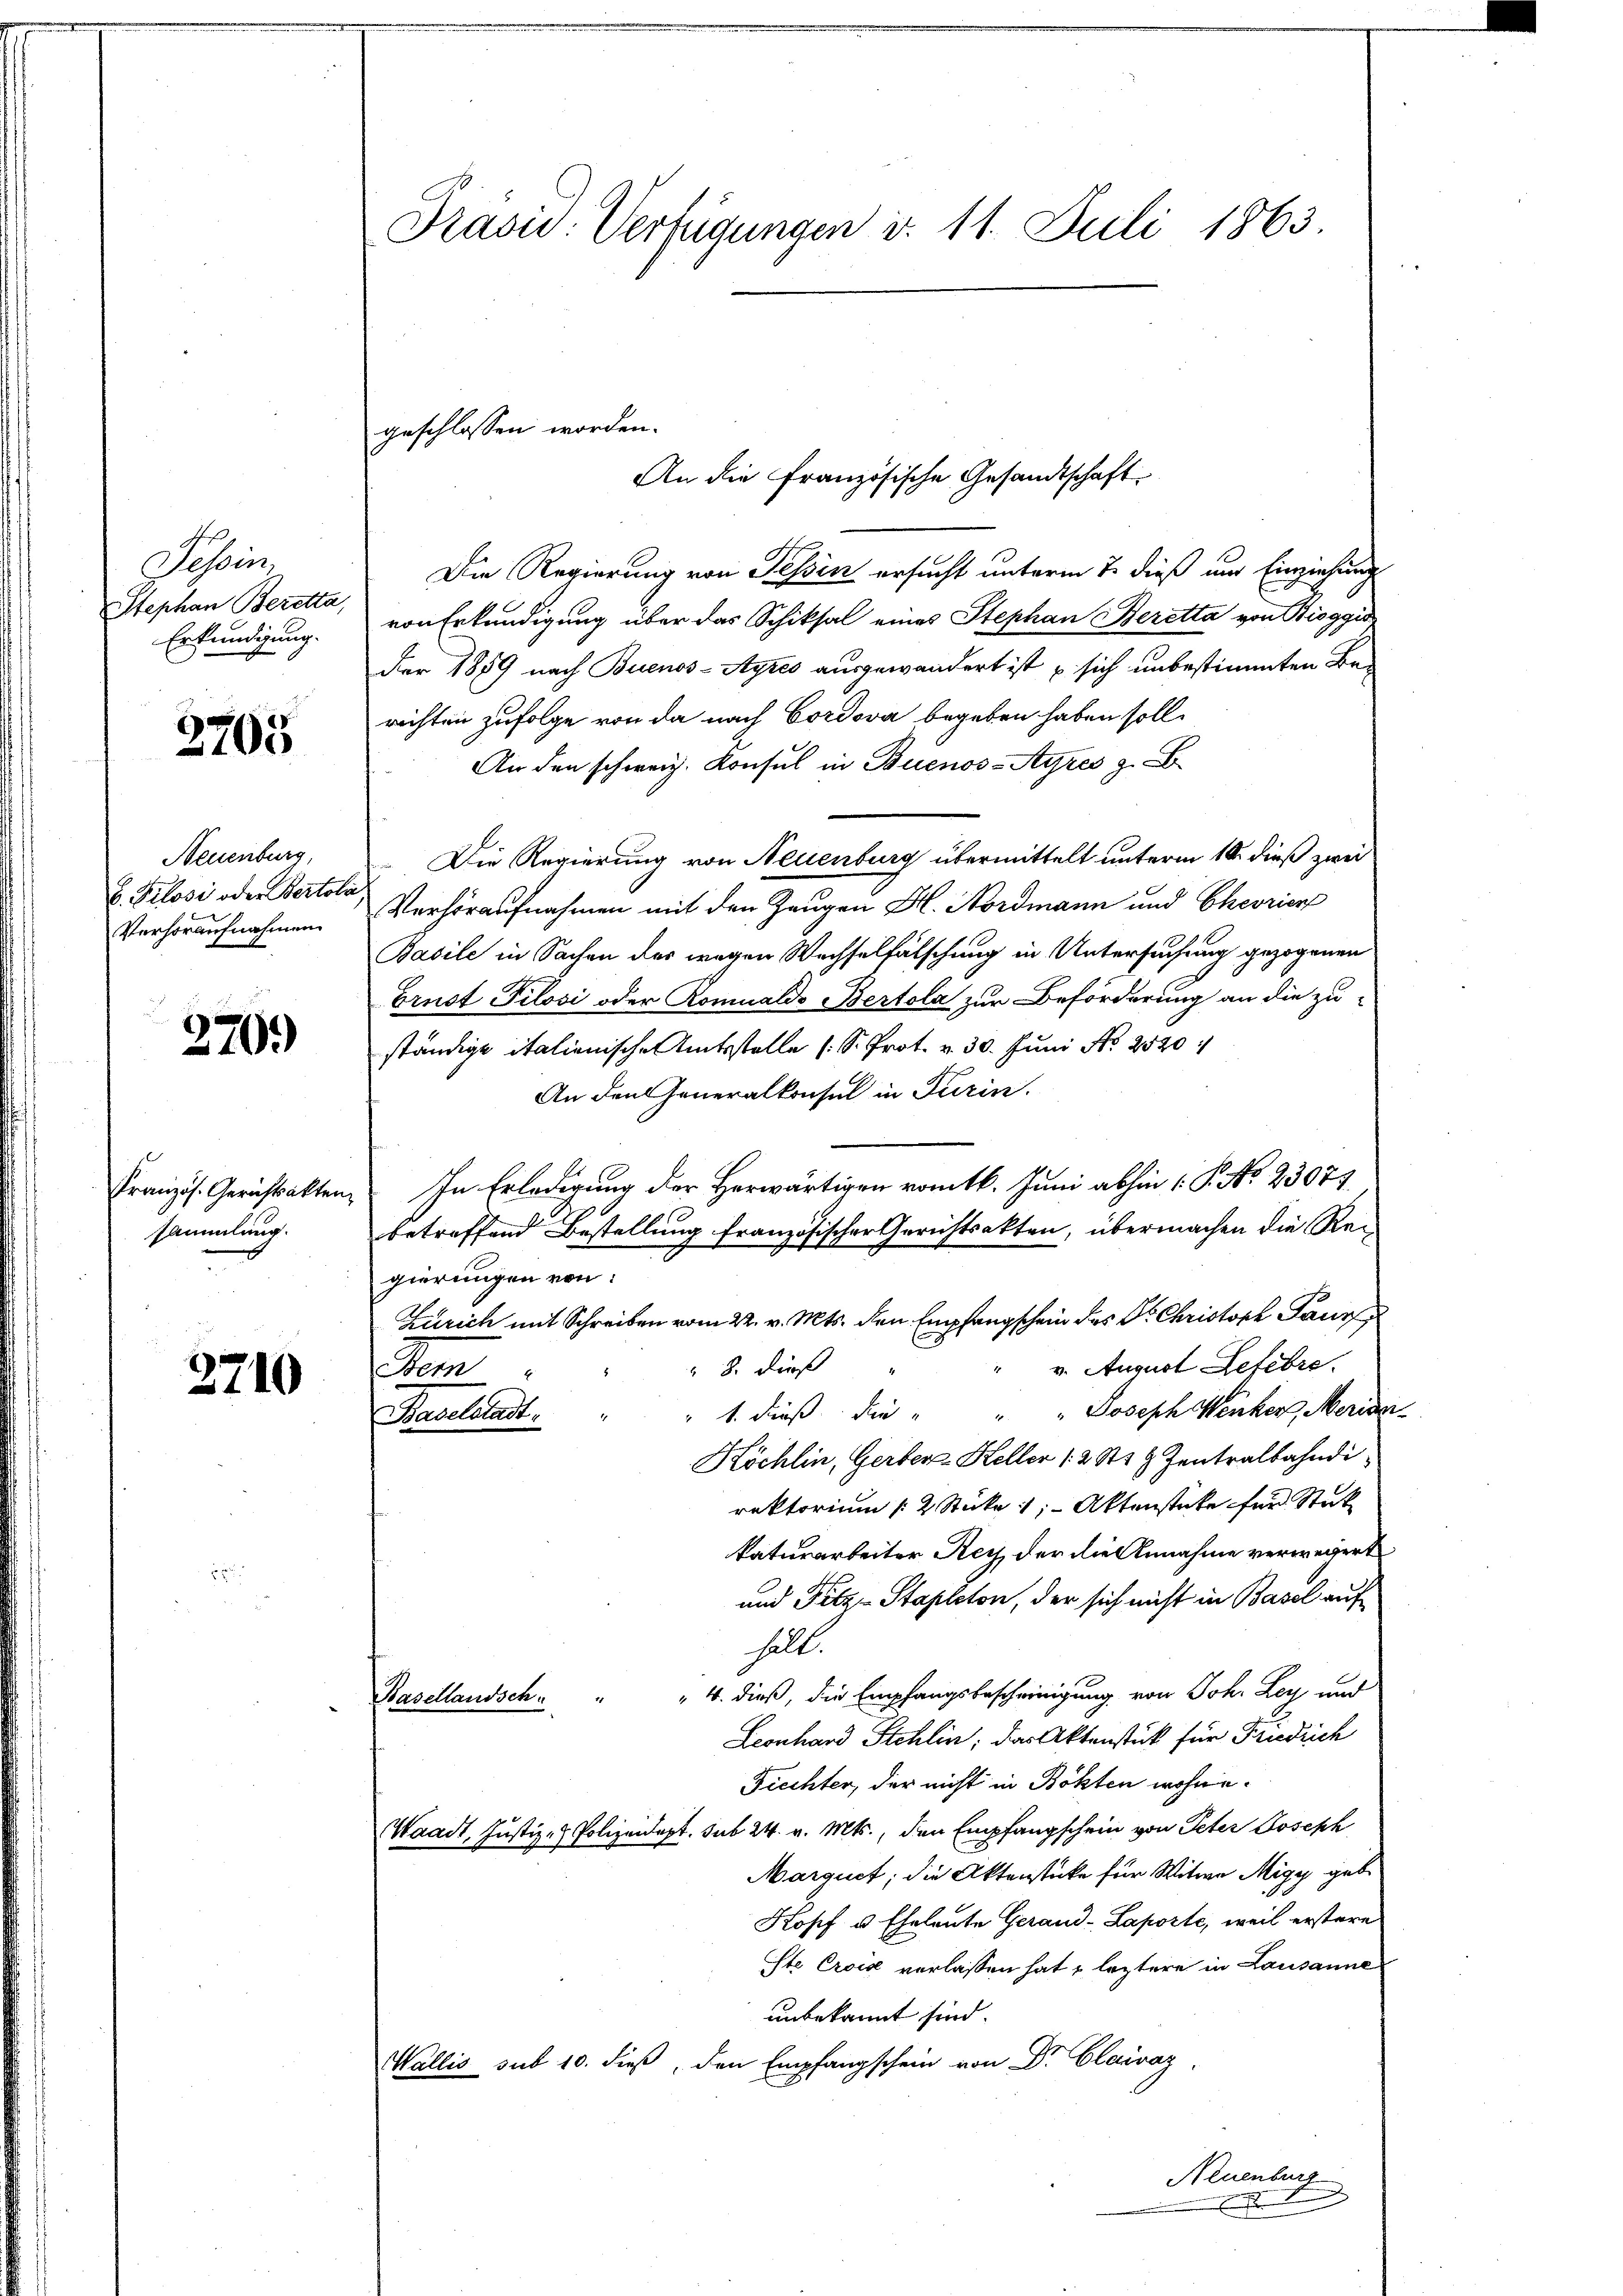
Schis
Stephan Beretta,
Erkundigung.

3705

Neuenburg,
b. Pilosi oder Bertoli
Verhoraufnahmen.

270.)

Französ. Gerichtsakten,
sammlung.

3710

Präsid Verfügungen d. 11. Juli 1863.

geschlossen worden.

An die Französische Gesandtschaft
Die Regierung von Tessin ersucht unterm 7. dieß und Einziehung
von Erkundigung über das Schiksal eines Stephan Beretta von Bioggio
Der 1889 nach Buenos-Ayres ausgewandert ist u sich unbestimmten Berichten zufolge von da nach Cordova begeben haben soll.
An den schweiz. Konsul in Buenos-Ayres z.
Die Regierung von Neuenburg übermittelt unterm 10. dieß zwei
Verhöraufnahmen mit den Zeugen H. Nordmann und Cheorien
Basile in Sachen des wegen Wechselfälschung in Untersuchung gezogenen
Ernst Pilovi oder Romualdo Bertola zur Beförderung an die zu-
ständige italienische Amtsstelle s. S. Prot. v. 30. Juni No 2520
An den Generalkonsul in Turin.
In Erledigung der Herwärtigen romtb. Juni abhin 1 S. No. 23077
betreffend Bestellung französischer Gerichtsakten, übermachen die Re-
gierungen von:
Zürich mit Schreiben vom 22. v. Mts. den Empfangschein des Dr. Christoph Paur
v. August Lefebre
 8. dieß
Som
1. dieß die " " " Joseph Wenker, Merider
Baselstadt.
Köchlin, Gerber Keller 12 St 8 Zentralbahndirektorium (2 Stücke ; Aktenstate für Stück
katurarbeiter Rey, der die Annahme verwegert
und Fitz-Stapleton, der sich nicht in Basel auf
halt.
" 4. dieß, die Empfangsbescheinigung von Joh. Ley, und
Basellandsch
Leonhard Stehlin, das Aktenstück für Friedrich
Fiechter, der nicht in Böhten wohne.
Waadt, Justiz- & Polizeidept. sub 24. v. Mts., den Empfangschein von Peter Joseph
Marquet; die Aktenstücke für Witwe Migy geb
Kopf u. Eheleute Gerand-Laporte, weil erstere
ste Crois verlassen hat, leztere in Lausanne
unbekannt sind.
Wallis sub 10. dieß, den Empfangschein von Dr. Clairaz
Neuenburg
s